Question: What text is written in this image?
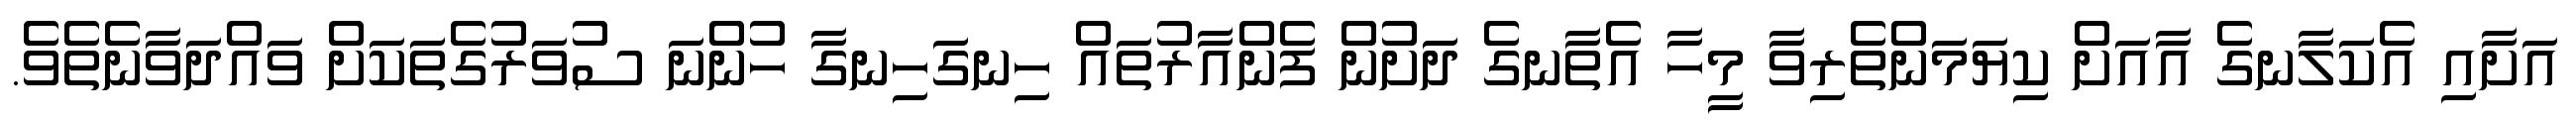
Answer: އަށާއި އެކަލާނގެ އާއަށް ކިޔަމަންތެރިވާ މީހާ އެތާނގެ ދަށުން ފެންއާރުތައް ހިނގަހިނގާ ހުންނަ ސުވަރުގެތަކަށް ވައްދަވާނެތެވެ.